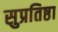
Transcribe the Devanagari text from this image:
सुप्रतिष्ठा